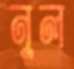
নুল